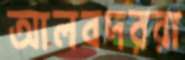
আলবদররা